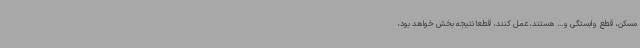
مسکن، قطع وابستگی و... هستند، عمل کنند، قطعا نتیجه بخش خواهد بود،